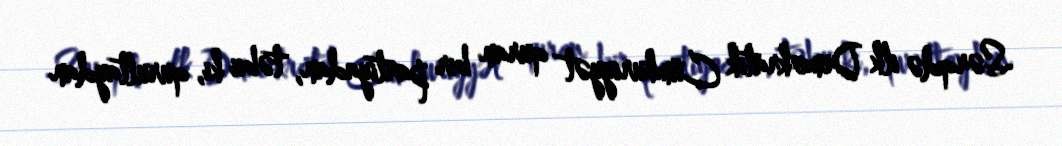
Sərqdə ilk Demokratik Cümhuriyyət quran bir partiyadan, təbii ki, qurultaydan